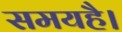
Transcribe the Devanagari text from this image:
समयहै।